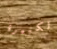
الكبيرة